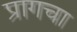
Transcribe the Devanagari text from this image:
प्रागचा